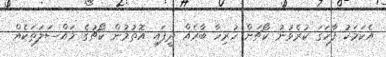
އެކަމަކު ފާހަގަ ކުރެވުނު ކޯޗަށް ހުރިހާ ބާރެއް ދީފައި އޮތުމުން ކޯޗުގެ މައްސަލަތަކެއް